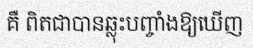
គឺ ពិតជាបានឆ្លុះបញ្ចាំងឱ្យឃើញ